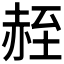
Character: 𫎮